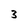
Character: 3